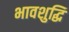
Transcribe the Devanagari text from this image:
भावशुद्धि